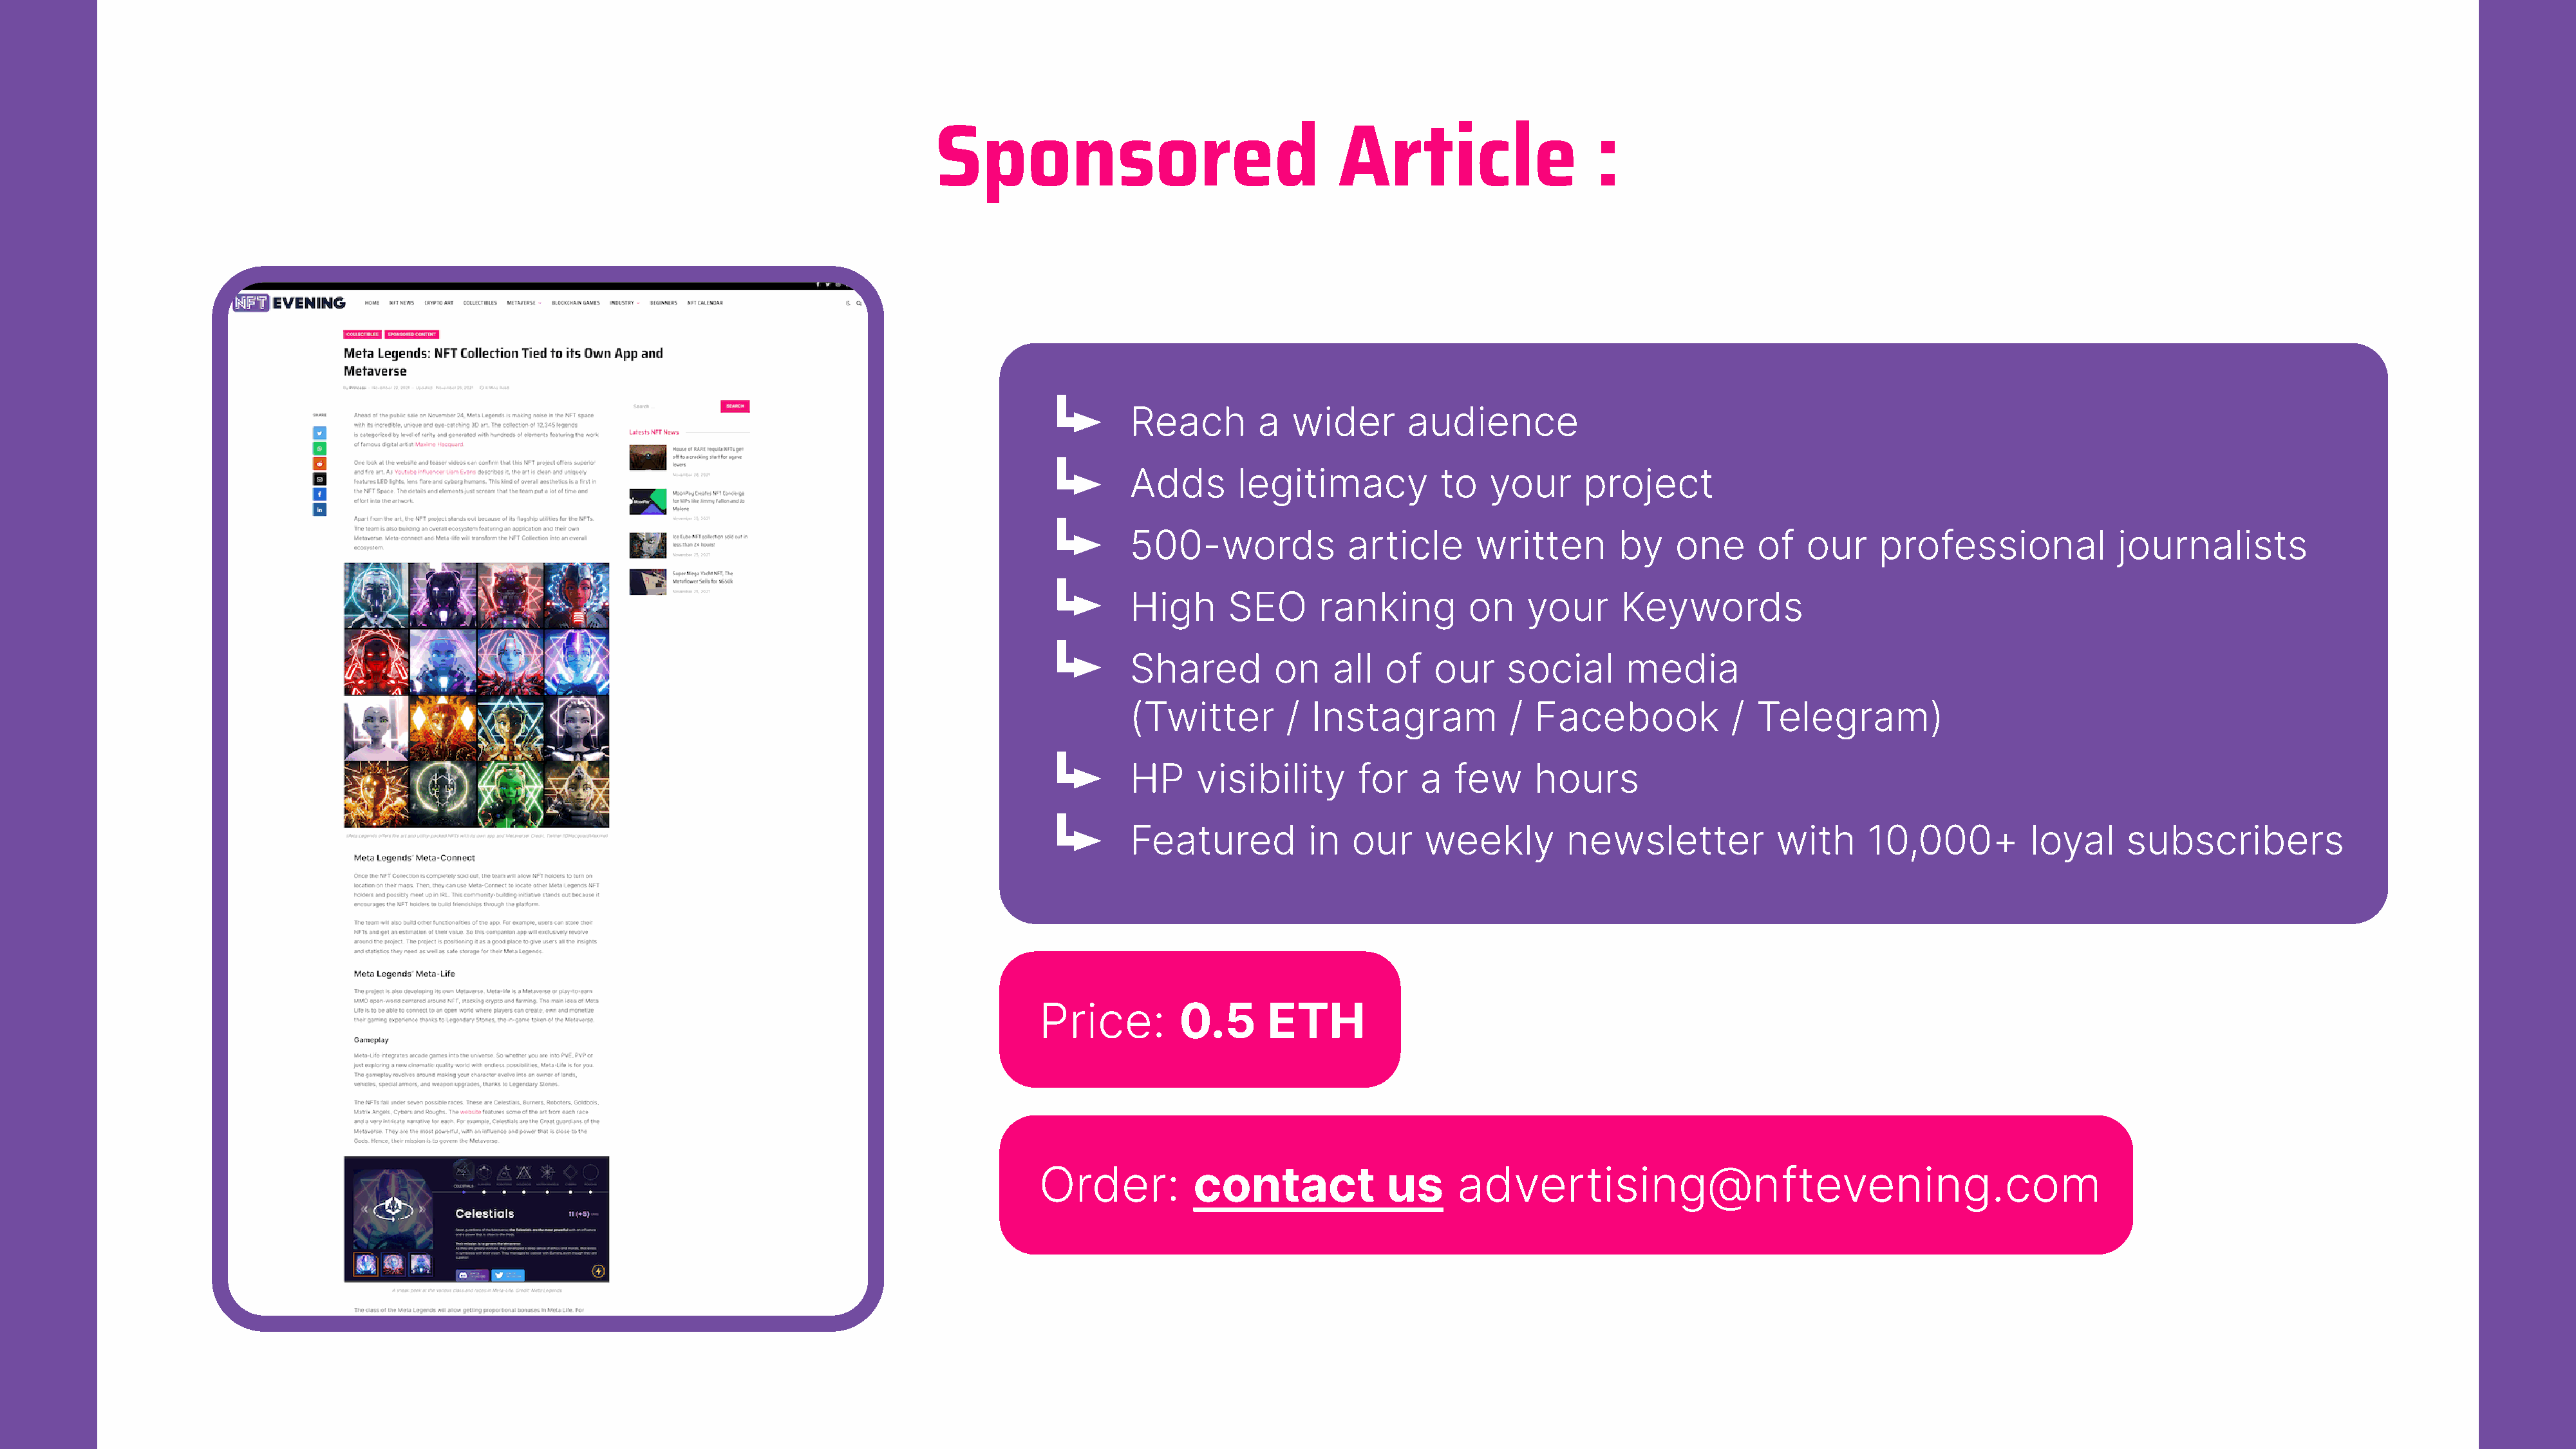
Sponsored                                 Article                   :
 Reach        a   wider       audience
 Adds       legitimacy           to   your      project
 500-words             article       written       by    one      of   our    professional             journalists
 High      SEO       ranking        on    your      Keywords
 Shared         on    all  of   our     social      media
 (Twitter        /  Instagram           /  Facebook            /  Telegram)
 HP     visibility       for   a  few      hours
 Featured          in   our    weekly         newsletter            with     10,000+          loyal     subscribers
 Price:        0.5      ETH
 Order:          contact             us     advertising@nftevening.com